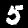
Digit: 5